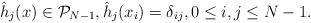
\begin{align*}\hat h_j(x)\in {\mathcal P}_{N-1},\hat h_j(x_i)=\delta_{ij},0\le i,j\le N-1. \end{align*}